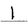
Character: L